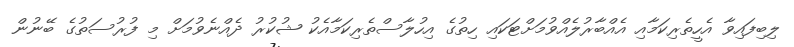
ލިބިފައިވާ އެހީތެރިކަމާއި އެއްބާރުލެއްވުމަށްޓަކައި ހިތުގެ އިހުލާސްތެރިކަމާއެކު ޝުކުރު ދެއްނެވުމަށް މި ފުރުސަތުގެ ބޭނުން